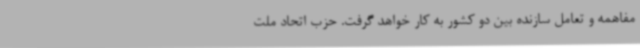
مفاهمه و تعامل سازنده بین دو کشور به کار خواهد گرفت. حزب اتحاد ملت